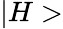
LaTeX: |H>